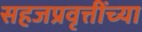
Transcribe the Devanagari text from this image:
सहजप्रवृत्तींच्या